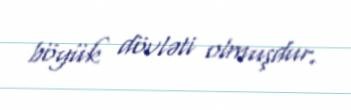
böyük dövləti olmuşdur.